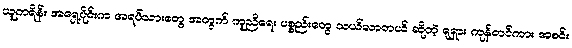
ယူကရိန်း အရှေ့ပိုင်းက အရပ်သားတွေ အတွက် ကူညီရေး ပစ္စည်းတွေ သယ်လာတယ် ဆိုတဲ့ ရုရှား ကုန်တင်ကား အစင်း